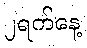
၂ရက်နေ့